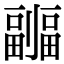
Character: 𠠦